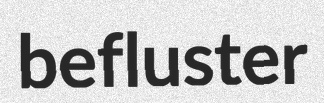
befluster